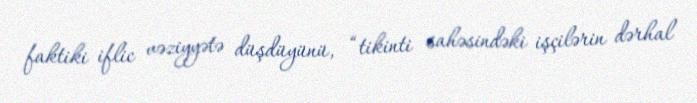
faktiki iflic vəziyyətə düşdüyünü, “tikinti sahəsindəki işçilərin dərhal